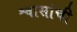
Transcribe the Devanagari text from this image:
श्वासांची